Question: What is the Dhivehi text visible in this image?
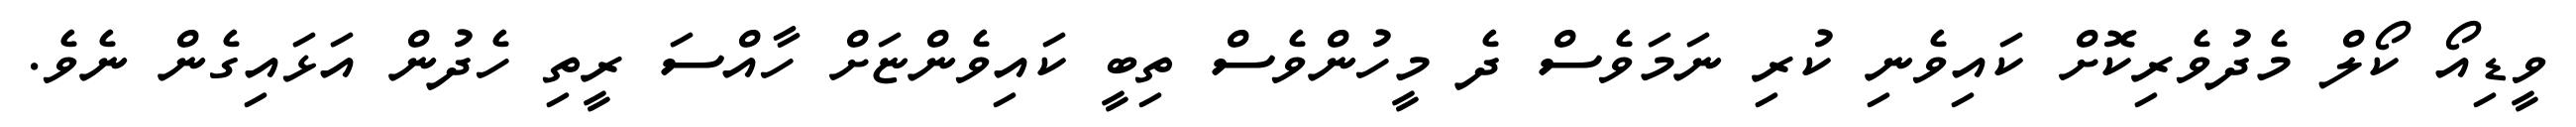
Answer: ވީޑިއޯ ކޯލް މެދުވެރިކޮށް ކައިވެނި ކުރި ނަމަވެސް ދެ މީހުންވެސް ތިބީ ކައިވެންޏަށް ހާއްސަ ރީތި ހެދުން އަޅައިގެން ނެވެ.